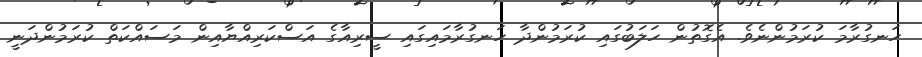
ހަނގުރާމަ ކުރަމުންނެވެ. އެގޮތުން ހަލަބުގައި ކުރަމުންދާ ހަނގުރާމައިގައި ސީރިއާގެ އަސްކަރިއްޔާއިން މަސައްކަތް ކުރަމުންދަނީ